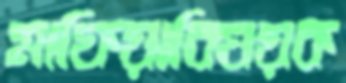
মাফিয়াবিষয়ক